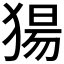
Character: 𬌺